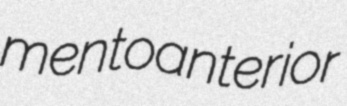
mentoanterior